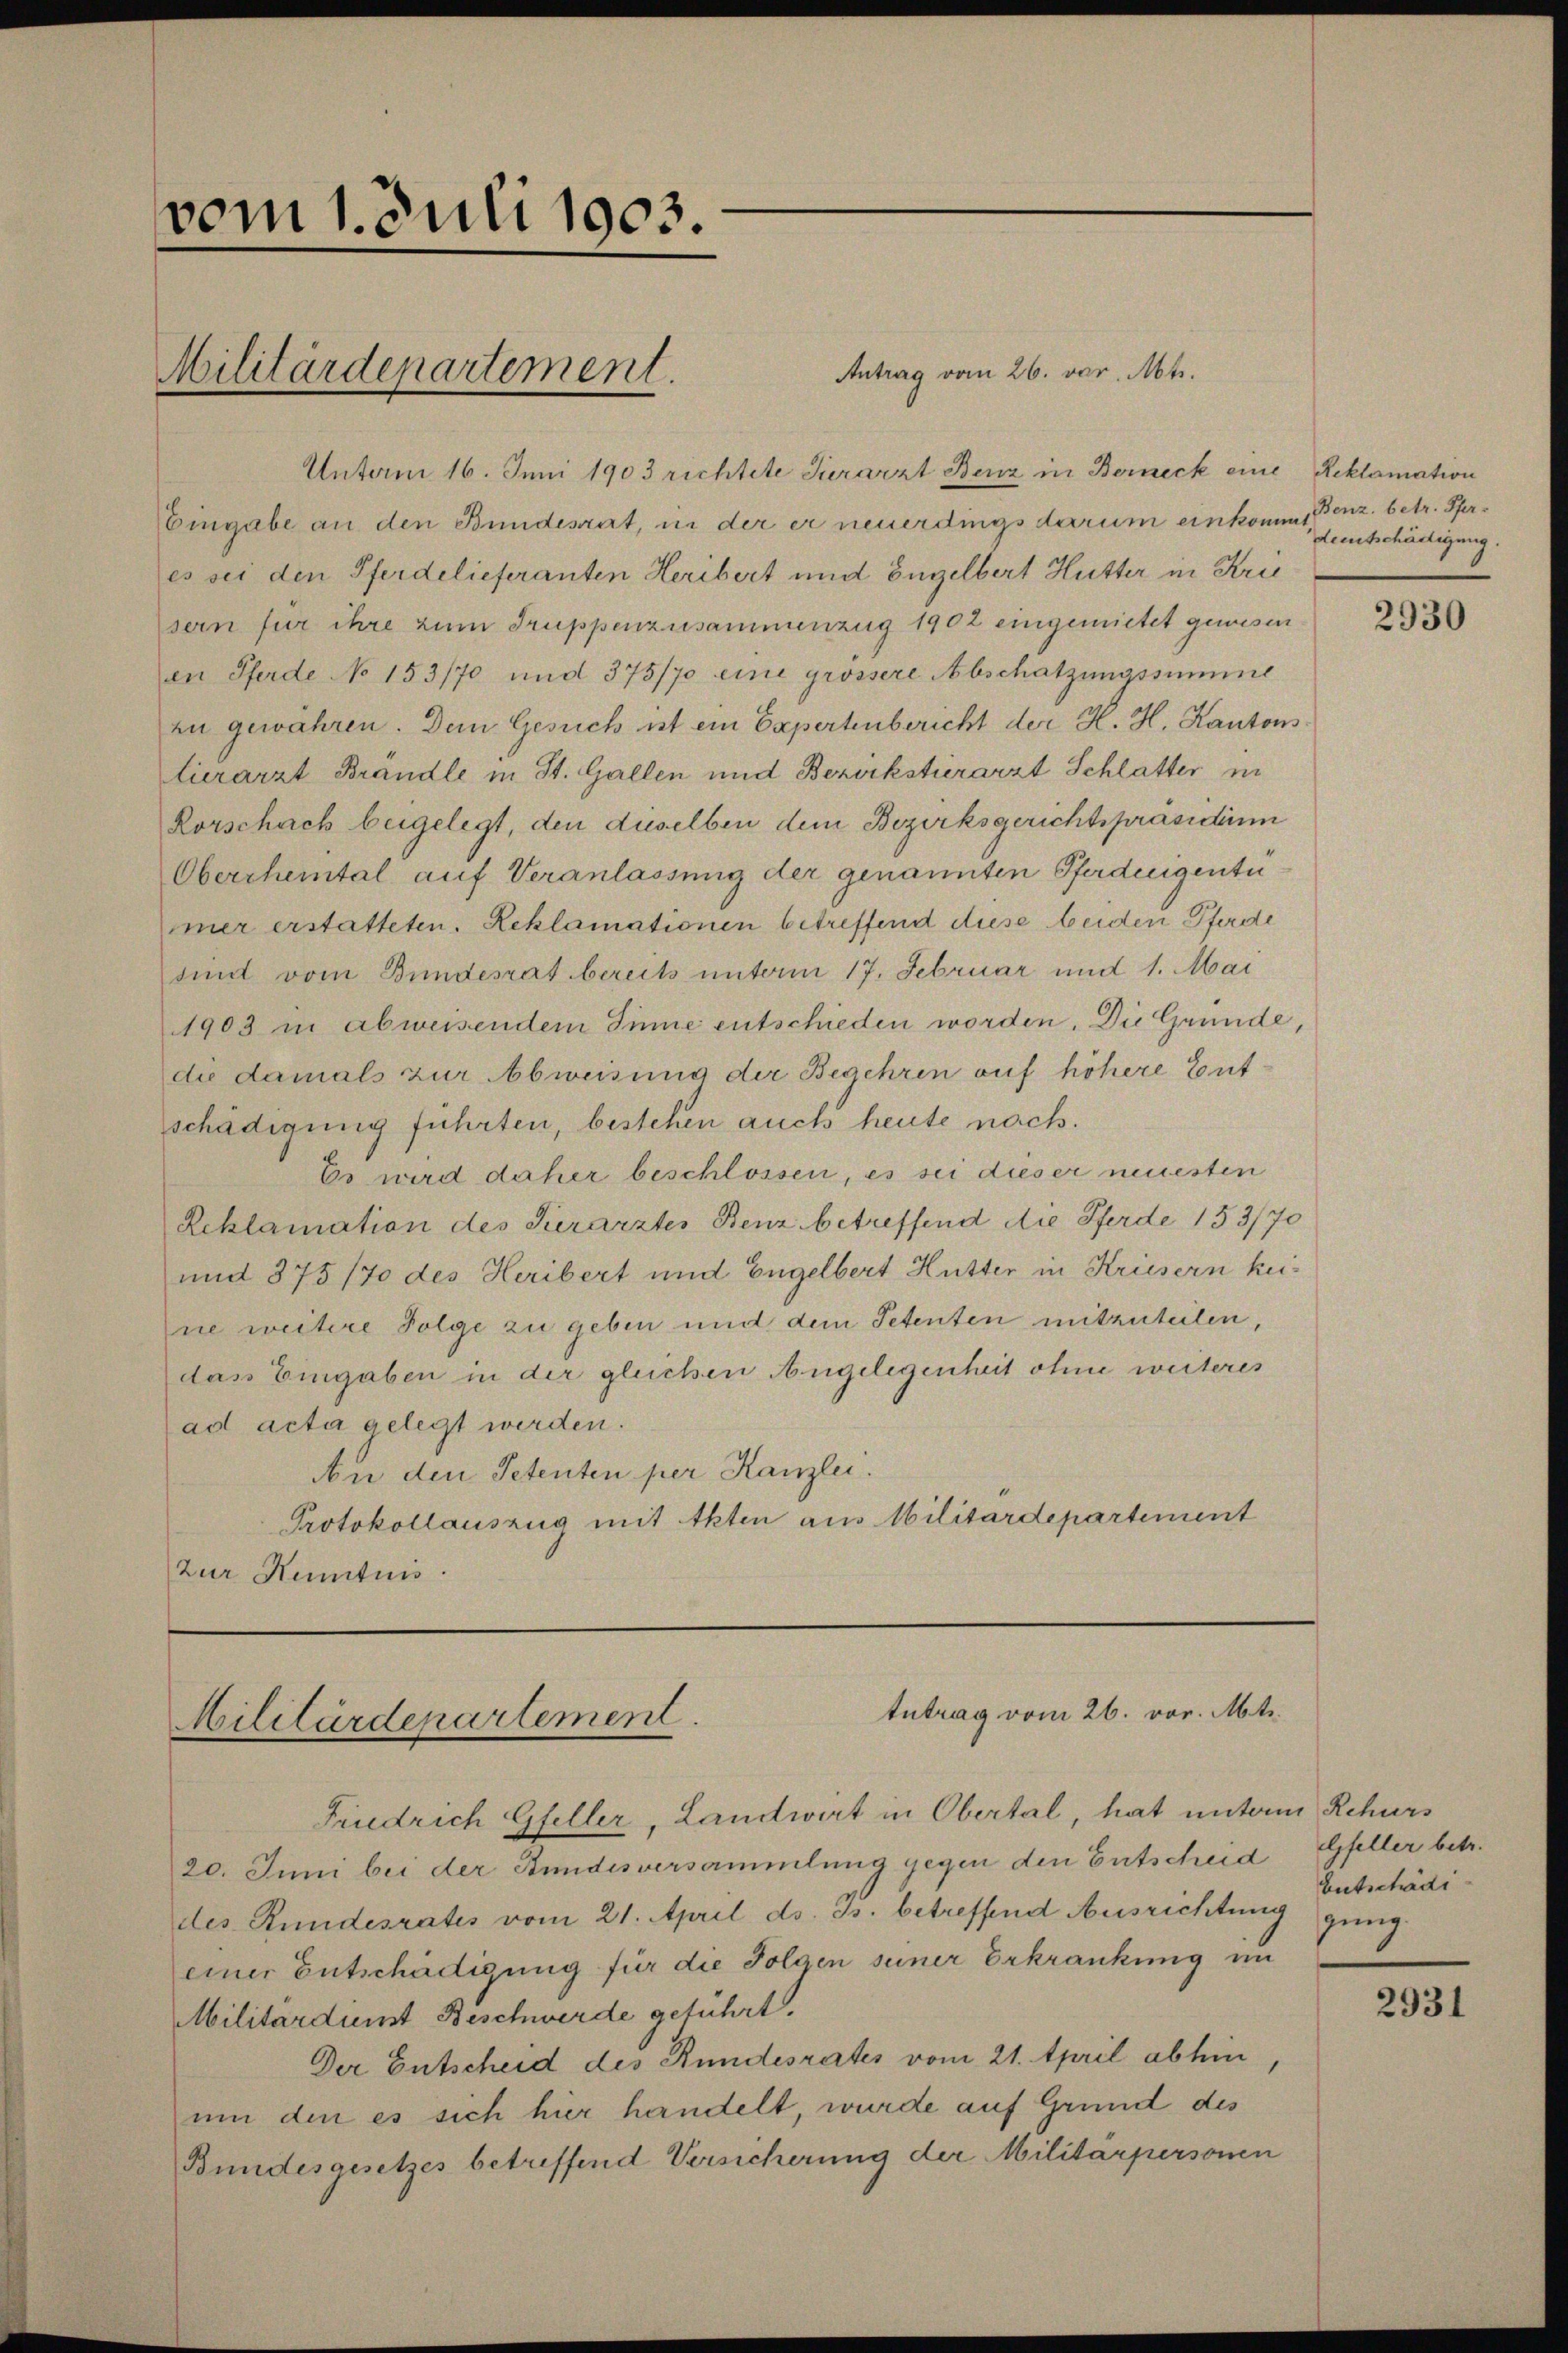
vom 1. Juli 1903.

Militärdepartement.

Antrag vom 26. vor. Mts.
Unterm 16. Juni 1903 richtete Tierarzt Benz in Berneck eine
Eingabe an den Bundesrat, in der er neuerdings darum einkomme, Benz. betr. Spres sei den Pferdelieferanten Heribert und Engelbert Hutter in Krie
sern für ihre zum Truppenzusammenzug 1902 eingemietet gewesen
en Pferde No 153/70 und 375/70 eine grössere Abschatzŭngssumme
zu gewähren. Dem Gesuch ist ein Expertenbericht der H. H. Kantons
tierarzt Brändle in St. Gallen und Bezirkstierarzt Schlatter in
Korschach beigelegt, den dieselben dem Bezirksgerichtspräsidium
Oberrheintal auf Veranlassung der genannten Pferdengentü
imer erstatteten. Reklamationen betreffend diese beiden Pferde
sind vom Bundesrat bereits unterm 17. Februar und 1. Mai
1903 in abweisendem Sinne entschieden worden. Die Gründe,
die damals zur Abweisung der Begehren auf höhere Entschädigung führten, bestehen auch heute nach.
Es wird daher beschlossen, es sei dieser neuesten
Reklamation des Serarztes Benz betreffend die Pferde 153/70
und 375/70 des Heribert und Engelbert Hutter in Kriesern keine weitere Folge zu geben und dem Petenten mitzuteilen,
das Eingaben in der gleichen Angelegenheit ohne weiteres
ad acta gelegt werden.
Au den Petenten per Kanzlei.
Protokollauszug mit Akten aus Militärdepartement
Zur Kenntnis.

Antrag vom 26. vor. Mts.
Militärdepartement.

Friedrich Gfeller, Landwirt in Obertal, hat unterm Rekurs
20. Juni bei der Stundesversammlung gegen den Entscheid Gfeller betr.
des Rundesrates vom 21. April ds. B. betreffend Ausrichtung gung
einer Entschädigung für die Folgen seiner Erkrankung im
Militärdienst Beschwerde geführt.
Der Entscheid des Bundesrates vom 21. April abhin
um den es sich hier handelt, wurde auf Grund des
Bundesgesetzes betreffend Versicherung der Militärpersonen

Reklamation
deetschädigung.

2930

Entschädi

2931